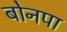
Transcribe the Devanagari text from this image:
बोनपा